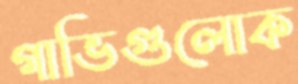
গাভিগুলোক